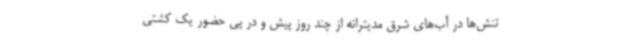
تنش‌ها در آب‌های شرق مدیترانه از چند روز پیش و در پی حضور یک کشتی